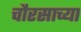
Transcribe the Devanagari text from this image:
चौरसाच्या